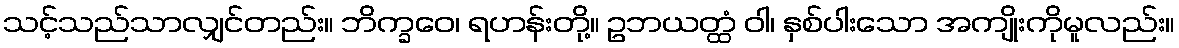
သင့်သည်သာလျှင်တည်း။ ဘိက္ခဝေ၊ ရဟန်းတို့။ ဥဘယတ္ထံ ဝါ၊ နှစ်ပါးသော အကျိုးကိုမူလည်း။